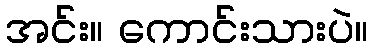
အင်း။ ကောင်းသားပဲ။